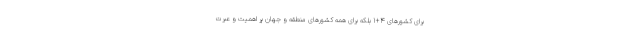
برای کشورهای 4+1 بلکه برای همه کشورهای منطقه و جهان پر اهمیت و عبرت